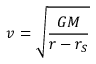
v = { \sqrt { \frac { G M } { r - r _ { S } } } }